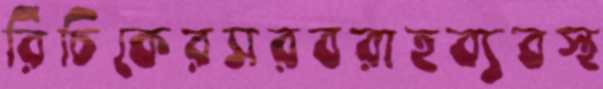
রিচিকেরসরবরাহব্যবস্থ